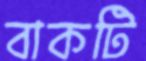
বাকটি